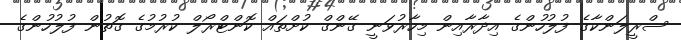
ސްރީލަންކާގެ ފުލުހުންގެ އިދާރާއިން މިހާރުވަނީ ގޭންގް ކުށްތައް ކޮންޓްރޯލް ކުރުމުގެ ގޮތުން ފުލުހުންގެ